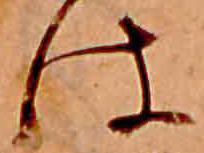
は